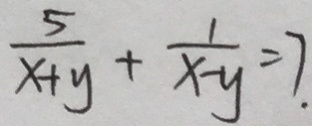
\frac { 5 } { x + y } + \frac { 1 } { x - y } = 7 .